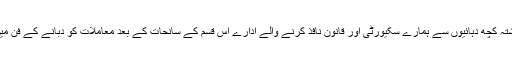
یہی وجہ ہے کہ گزشتہ کچھ دہائیوں سے ہمارے سکیورٹی اور قانون نافذ کرنے والے ادارے اس قسم کے سانحات کے بعد معاملات کو دبانے کے فن میں طاق ہو چکے ہیں۔